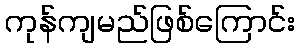
ကုန်ကျမည်ဖြစ်ကြောင်း